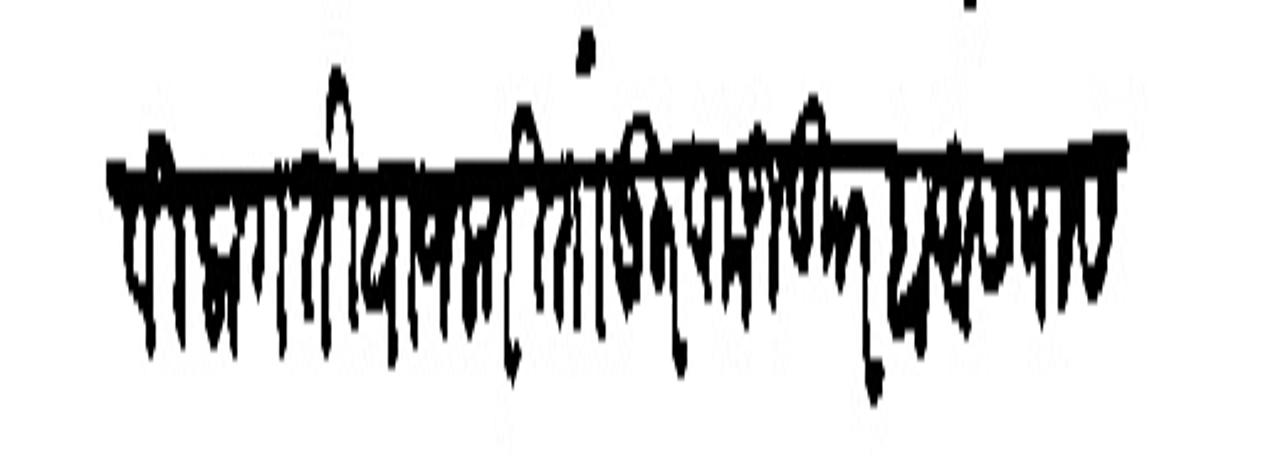
Transliteration (Devanagari): करावी लागती याजकरितां गुरव मजकूर हा आसपास